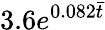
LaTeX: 3.6e^{0.082\bar{t}}